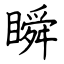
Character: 瞬